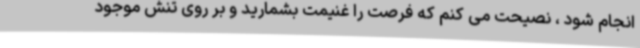
انجام شود ، نصیحت می کنم که فرصت را غنیمت بشمارید و بر روی تنش موجود